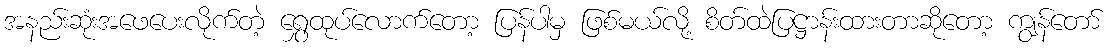
အနည်းဆုံးအဖေပေးလိုက်တဲ့ ရွှေထုပ်လောက်တော့ ပြန်ပါမှ ဖြစ်မယ်လို့ စိတ်ထဲပြဋ္ဌာန်းထားတာဆိုတော့ ကျွန်တော်